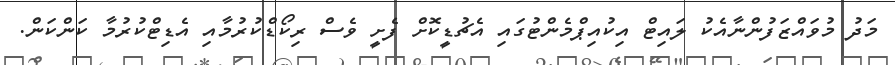
މަދު މުވައްޒަފުންނާއެކު ލައިޓް އިކުއިޕްމެންޓުގައި އެޗުޑީކޮށް ފެށީ ވެސް ރިކޯޑްކުރުމާއި އެޑިޓްކުރުމާ ކަންކަން.